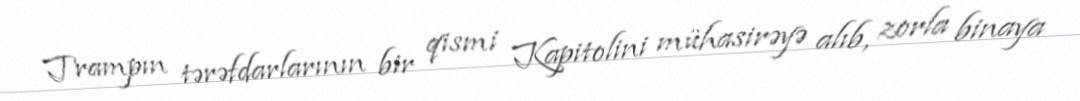
Trampın tərəfdarlarının bir qismi Kapitolini mühasirəyə alıb, zorla binaya